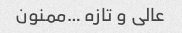
عالی و تازه …ممنون